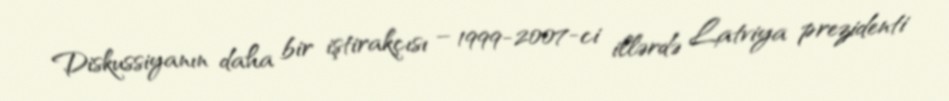
Diskussiyanın daha bir iştirakçısı – 1999-2007-ci illərdə Latviya prezidenti